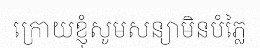
ក្រោយខ្ញុំសូមសន្យាមិនបំភ្លៃ